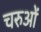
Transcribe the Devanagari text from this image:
चरुओं